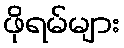
ဖိုရမ်များ